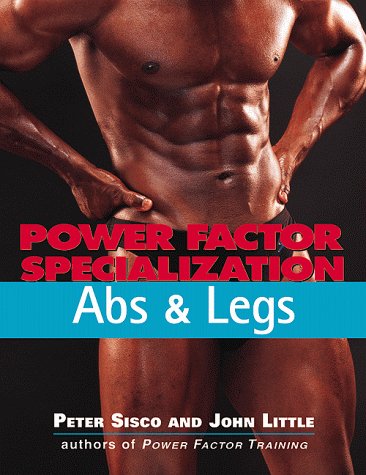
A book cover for Power Factor Specialization: Abs and Legs; Peter Sisco; Health, Fitness & Dieting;